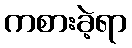
ကစားခဲ့ရာ